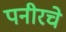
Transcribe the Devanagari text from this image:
पनीरचे